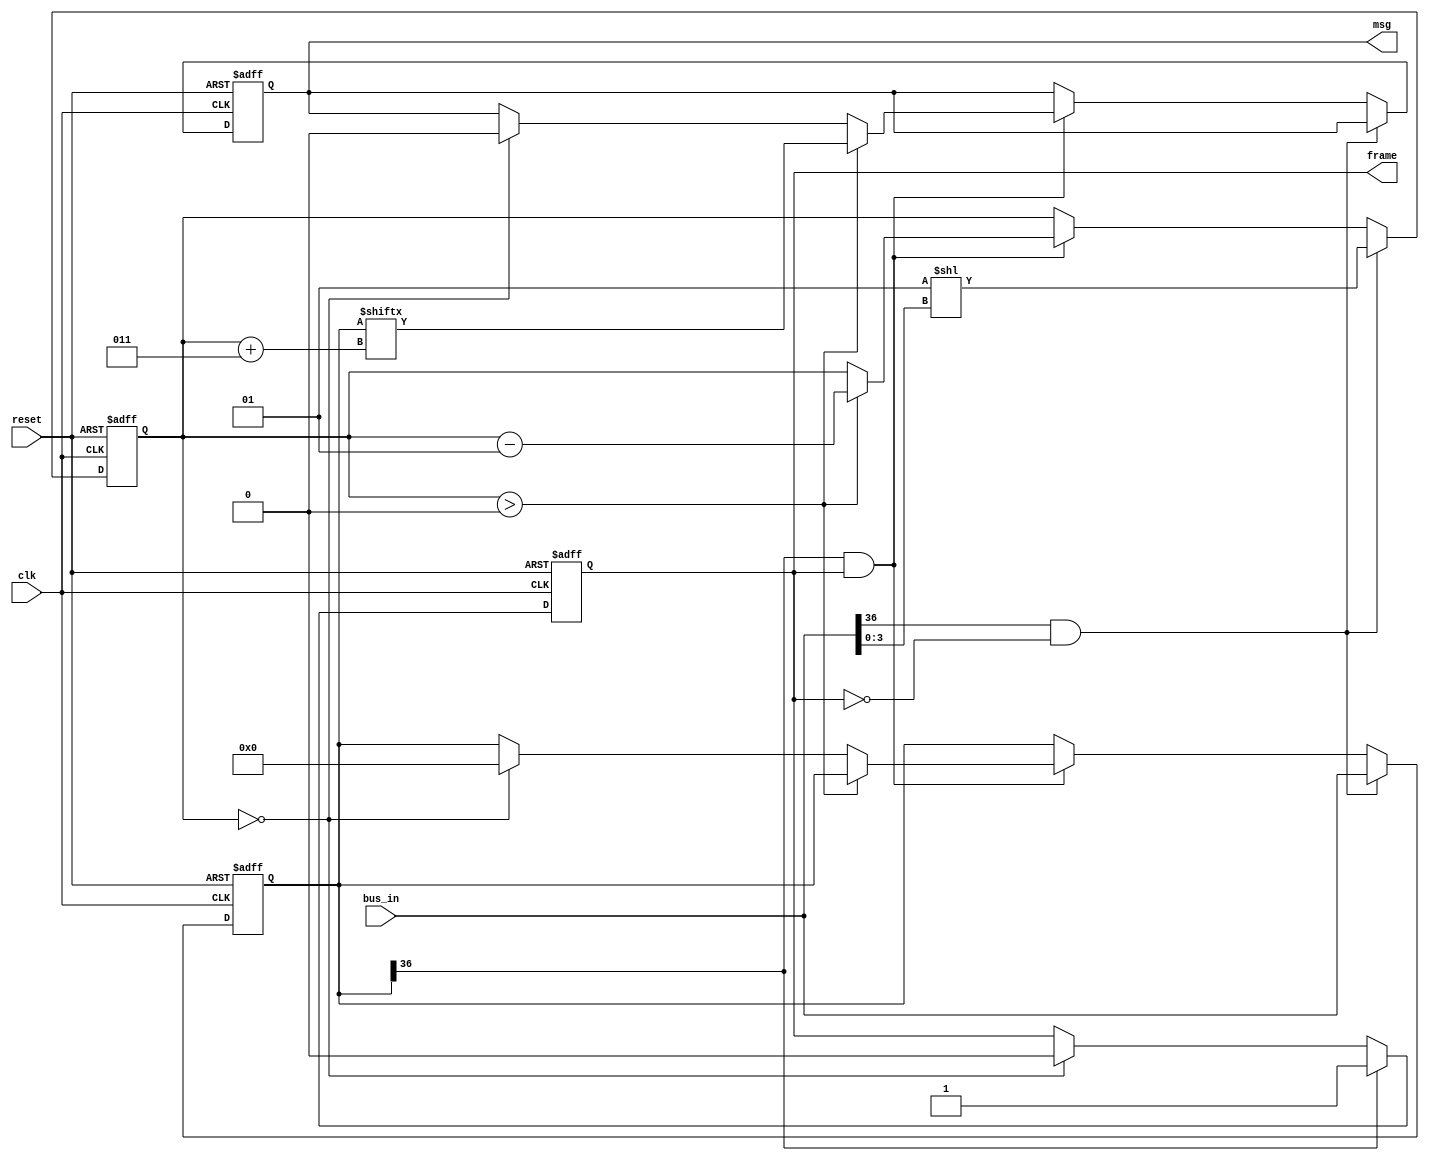
module  Module_2_mod (clk, reset, bus_in,frame,msg);

localparam a = 5;
localparam bus_in_size = 2**a+5;

input clk,reset;
input [bus_in_size-1:0] bus_in;
output reg frame,msg;

reg [bus_in_size-1:0] Buffer;
reg signed [a+1:0] counter; 

always @(posedge clk or negedge reset)
    if(~reset)
    begin
        Buffer[bus_in_size-1:0] <= {bus_in_size{1'b0}};
        counter <= 0;
        msg <= 0;
    end
    else if(bus_in[bus_in_size-1] && ~frame)
    begin  
        Buffer[bus_in_size-1:0] <= bus_in[bus_in_size-1:0];
        counter <= 2**bus_in[3:0];
    end
    else if(Buffer[bus_in_size-1] && frame)
    begin
        if(counter>0)
        begin
            msg <= Buffer[counter+3];
            counter <= counter - 1;
        end
        else if(counter == 0)
        begin
            msg <= 0;
            Buffer[bus_in_size-1:0] <= {bus_in_size{1'b0}};
        end
    end
    
always @(negedge clk or negedge reset)
    if(~reset)
    begin
        frame <= 1'b0;
    end
    else if(Buffer[bus_in_size-1])
    begin
        frame <= 1'b1;
    end
    else if(counter == 0)
    begin
        frame <= 1'b0;
    end
endmodule